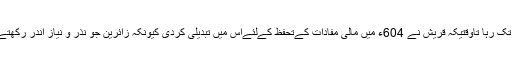
خانہ خدا کا یہ انداز صدیوں تک رہا تاوقتیکہ قریش نے 604ء میں مالی مفادات کےتحفظ کےلئےاس میں تبدیلی کردی کیونکہ زائرین جو نذر و نیاز اندر رکھتےتھےوہ چوری ہوجاتی تھیں۔